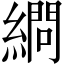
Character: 𦄞